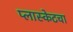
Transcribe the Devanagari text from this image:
प्लास्केटचा